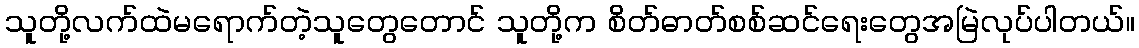
သူတို့လက်ထဲမရောက်တဲ့သူတွေတောင် သူတို့က စိတ်ဓာတ်စစ်ဆင်ရေးတွေအမြဲလုပ်ပါတယ်။